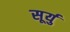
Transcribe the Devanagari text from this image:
सूर्यु